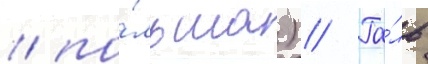
/ по́льша) // Га́ль